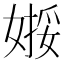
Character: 𱙢